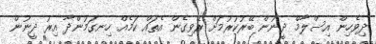
ދިވެހިން އިސްލާމް ދީނުން ބޭރުކުރުމަށް ރޭވިގެން އެތައް ކަމެއް ހިނގަމުންދާ އިރު ދީނުން